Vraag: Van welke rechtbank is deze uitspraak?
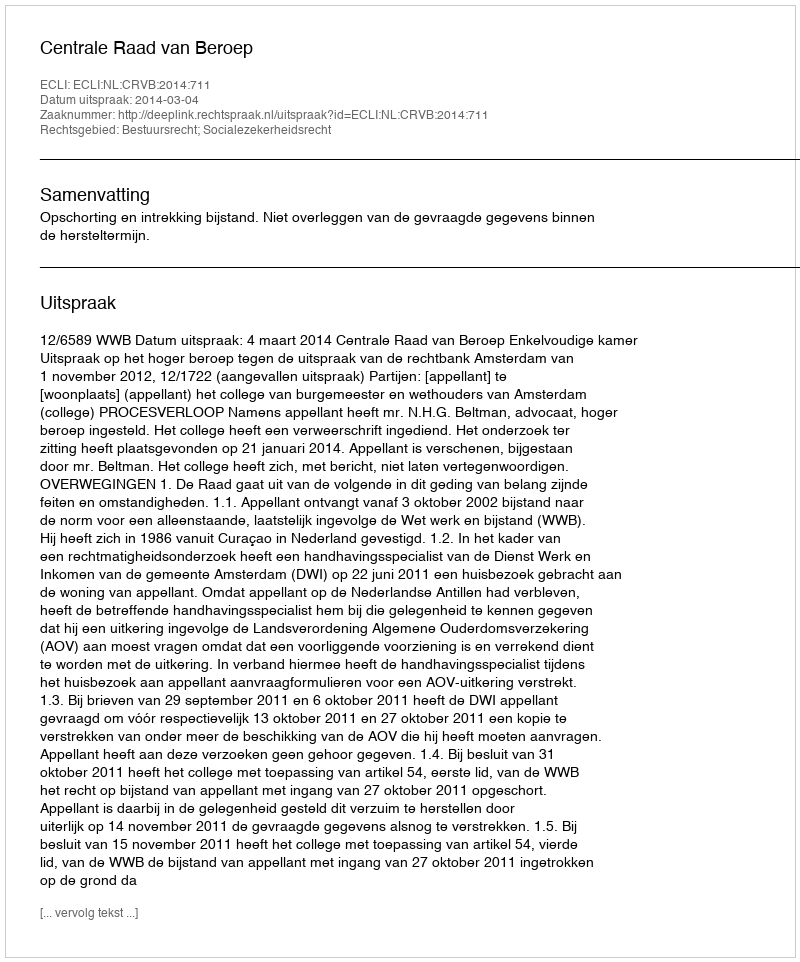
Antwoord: Centrale Raad van Beroep